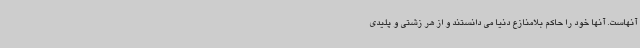
آنهاست. آنها خود را حاکم بلامنازع دنیا می دانستند و از هر زشتی و پلیدی